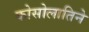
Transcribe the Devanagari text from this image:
कोसोलातिने